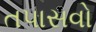
તપાસવો